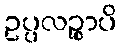
ဥပ္ပလဉ္စာပိ